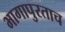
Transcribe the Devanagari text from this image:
भागापुरताच